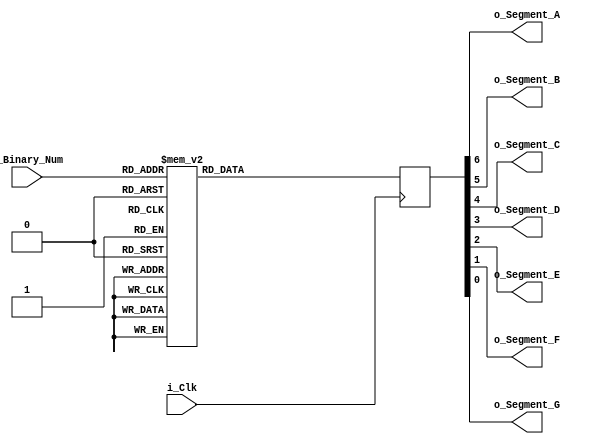
module Binary_to_7Segment
    (input i_Clk,
     input [3:0] i_Binary_Num,
     output o_Segment_A,
     output o_Segment_B,
     output o_Segment_C,
     output o_Segment_D,
     output o_Segment_E,
     output o_Segment_F,
     output o_Segment_G);

    reg [6:0] r_Hex_Encode = 7'h00;  //hex register

    always @(posedge i_Clk)
    begin
        case (i_Binary_Num) //can specify cases on how binary is represented
            4'b0000 : r_Hex_Encode <= 7'h7e; // when binary all zero,
                                             // hex code for 0 on display
            4'b0001 : r_Hex_Encode <= 7'h30;
            4'b0010 : r_Hex_Encode <= 7'h6d;
            4'b0011 : r_Hex_Encode <= 7'h79;
            4'b0100 : r_Hex_Encode <= 7'h33;
            4'b0101 : r_Hex_Encode <= 7'h5b;
            4'b0110 : r_Hex_Encode <= 7'h5f;
            4'b0111 : r_Hex_Encode <= 7'h70;
            4'b1000 : r_Hex_Encode <= 7'h7f;
            4'b1001 : r_Hex_Encode <= 7'h7b;
            4'b1010 : r_Hex_Encode <= 7'h77;
            4'b1011 : r_Hex_Encode <= 7'h1f;
            4'b1100 : r_Hex_Encode <= 7'h4e;
            4'b1101 : r_Hex_Encode <= 7'h3d;
            4'b1110 : r_Hex_Encode <= 7'h4f;
            4'b1111 : r_Hex_Encode <= 7'h47;
       endcase
    end

    assign o_Segment_A = r_Hex_Encode[6];
    assign o_Segment_B = r_Hex_Encode[5];
    assign o_Segment_C = r_Hex_Encode[4];
    assign o_Segment_D = r_Hex_Encode[3];
    assign o_Segment_E = r_Hex_Encode[2];
    assign o_Segment_F = r_Hex_Encode[1];
    assign o_Segment_G = r_Hex_Encode[0];

endmodule